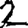
Digit: 2